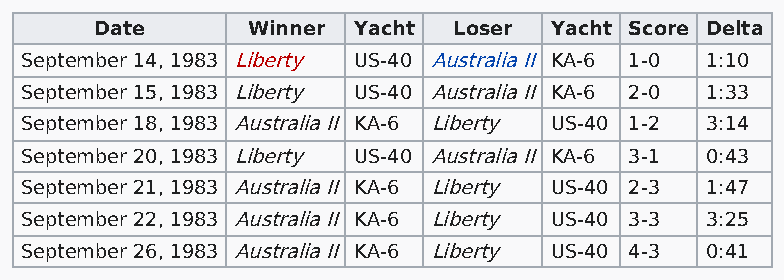
Date      Winner Yacht  Loser Yacht Score Delta
 September 14, 1983 Liberty US-40 Australia II KA-6 1-0 1:10
 September 15, 1983 Liberty US-40 Australia II KA-6 2-0 1:33
 September 18, 1983 Australia II KA-6 Liberty US-40 1-2 3:14
 September 20, 1983 Liberty US-40 Australia II KA-6 3-1 0:43
 September 21, 1983 Australia II KA-6 Liberty US-40 2-3 1:47
 September 22, 1983 Australia II KA-6 Liberty US-40 3-3 3:25
 September 26, 1983 Australia II KA-6 Liberty US-40 4-3 0:41